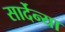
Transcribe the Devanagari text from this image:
सार्देन्या